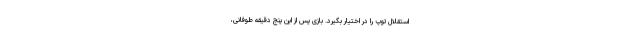
استقلال توپ را در اختیار بگیرد. بازی پس از این پنج دقیقه طوفانی،